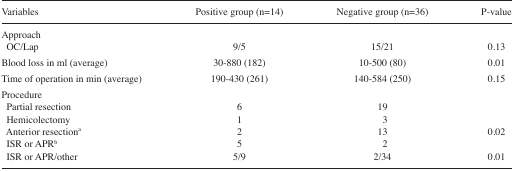
<table><thead><tr><td><b>Variables</b></td><td><b>Positive group (n=14)</b></td><td><b>Negative group (n=36)</b></td><td><b>P-value</b></td></tr></thead><tbody><tr><td>Approach</td><td></td><td></td><td></td></tr><tr><td>OC/Lap</td><td>9/5</td><td>15/21</td><td>0.13</td></tr><tr><td>Blood loss in ml (average)</td><td>30–880 (182)</td><td>10–500 (80)</td><td>0.01</td></tr><tr><td>Time of operation in min (average)</td><td>190–430 (261)</td><td>140–584 (250)</td><td>0.15</td></tr><tr><td>Procedure</td><td></td><td></td><td></td></tr><tr><td>Partial resection</td><td>6</td><td>19</td><td></td></tr><tr><td>Hemicolectomy</td><td>1</td><td>3</td><td></td></tr><tr><td>Anterior resection<sup>a</sup></td><td>2</td><td>13</td><td>0.02</td></tr><tr><td>ISR or APR<sup>b</sup></td><td>5</td><td>2</td><td></td></tr><tr><td>ISR or APR/other</td><td>5/9</td><td>2/34</td><td>0.01</td></tr></tbody></table>